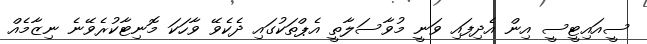
ސީއައިޓީސީ އިން އެދިފައި ވަނީ މުވާސަލާތީ އެޕްތަކުގައި ދެކެވޭ ވާހަކަ މޮނިޓާކުރެވޭނެ ނިޒާމެއް